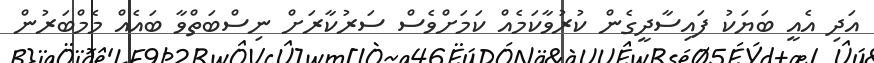
އަދި އެއީ ބަޔަކު ފައިސާދީގެން ކުރުވާކަމެއް ކަމަށްވެސް ސަރުކާރަށް ނިސްބަތްވާ ބައެއް މެމްބަރުން